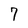
Character: 7